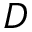
D